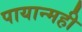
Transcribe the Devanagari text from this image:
पायान्मही